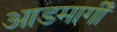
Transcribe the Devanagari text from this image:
आडमार्गीं